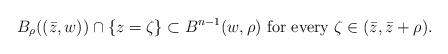
LaTeX: \begin{align*} B_{\rho} ((\bar{z},w)) \cap \{z = \zeta \} \subset B^{n-1} ( w, \rho ) \mbox{ for every } \zeta \in ( \bar{z}, \bar{z} + \rho).\end{align*}